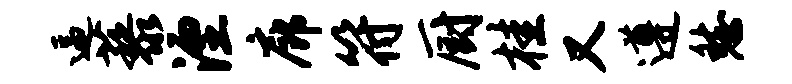
逼藜湮廊符厨桂又遵愁